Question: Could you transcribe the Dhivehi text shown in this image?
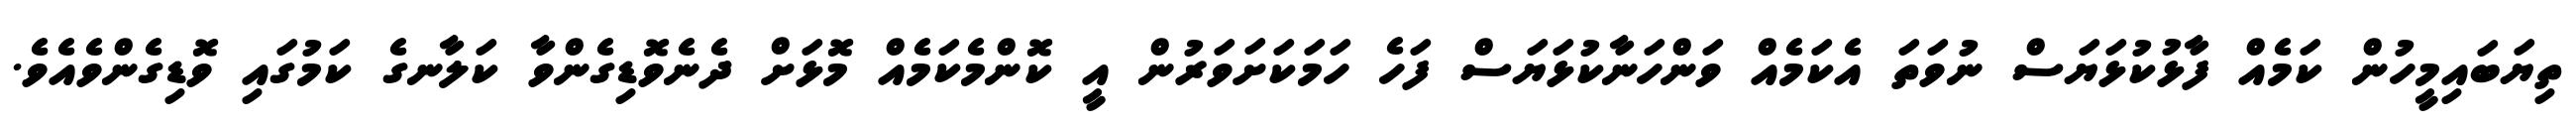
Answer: ތިޔަބައިމީހުން ކަމެއް ފާޅުކުޅަޔަސް ނުވަތަ އެކަމެއް ވަންހަނާކުޅަޔަސް ފަހެ ހަމަކަށަވަރުން އީ ކޮންމެކަމެއް މޮޅަށް ދެނެވޮޑިގެންވާ ކަލާނގެ ކަމުގައި ވޮޑިގެންވެއެވެ.